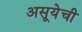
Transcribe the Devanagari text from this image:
असूयेची